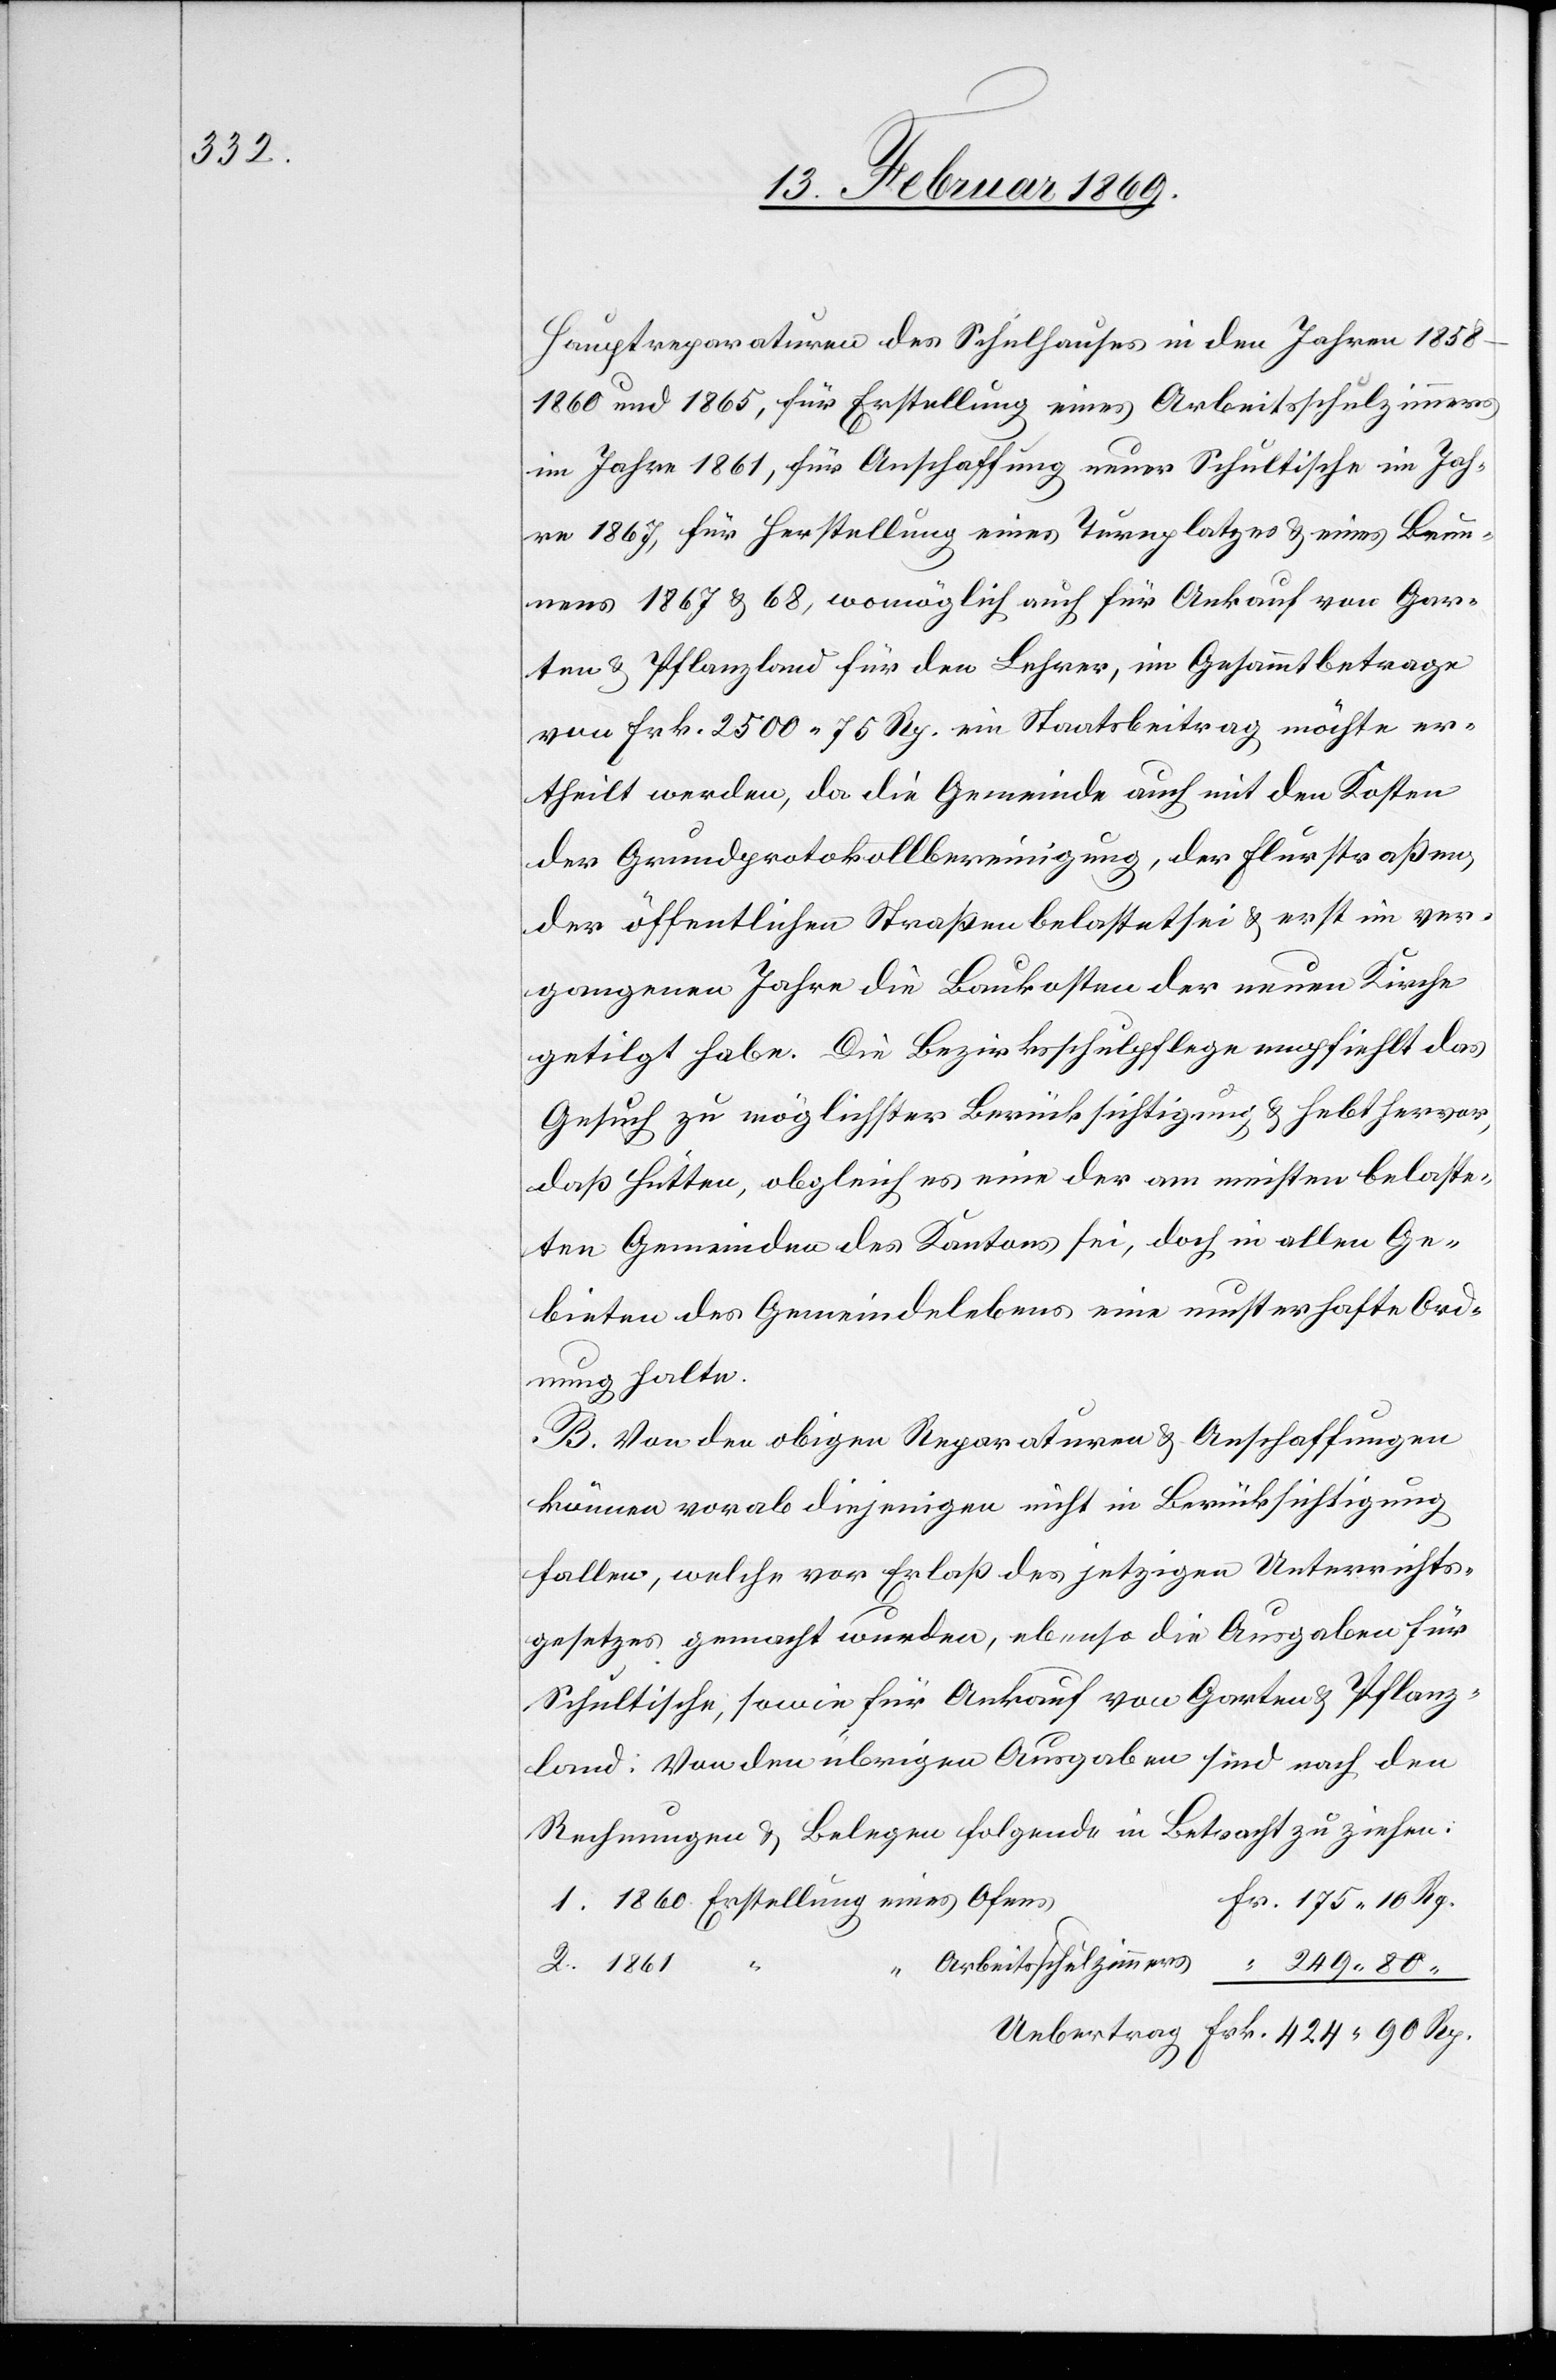
Hauptreparaturen des Schulhauses in den Jahren 1858–1860
und 1865, für Erstellung eines Arbeitsschulzimmers
im Jahre 1861, für Anschaffung neuer Schultische im Jah¬
re 1867, für Herstellung eines Turnplatzes u. eines Brun¬
nens 1867 u. 68, womöglich auch für Ankauf von Gar¬
ten u. Pflanzland für den Lehrer, im Gesammtbetrage
von Frk. 2500.75 Rp. ein Staatsbeitrag möchte er¬
theilt werden, da die Gemeinde auch mit den Kosten
der Grundprotokollbereinigung, der Flurstraßen,
der öffentlichen Straßen belastet sei u. erst im ver¬
gangenen Jahre die Baukosten der neuen Kirche
getilgt habe. Die Bezirksschulpflege empfiehlt das
Gesuch zu möglichster Berücksichtigung u. hebt hervor,
daß Hütten, obgleich es eine der am meisten belaste¬
ten Gemeinden des Kantons sei, doch in allen Ge¬
bieten des Gemeindelebens eine musterhafte Ord¬
nung halte.
B. Von den obigen Reparaturen u. Anschaffungen
können vorab diejenigen nicht in Berücksichtigung
fallen, welche vor Erlaß des jetzigen Unterrichts¬
gesetzes gemacht wurden, ebenso die Ausgaben für
Schultische, sowie für Ankauf von Garten u. Pflanz¬
land. Von den übrigen Ausgaben sind nach den
Rechnungen u. Belegen folgende in Betracht zu ziehen:
Fr. 175.10 Rp.
1. 1860 Erstellung eines Ofens,
2. 1861
Arbeitsschulzimmers “ 249.80